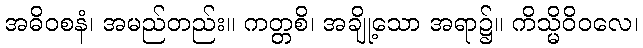
အဓိဝစနံ၊ အမည်တည်း။ ကတ္တစိ၊ အချို့သော အရာ၌။ ကိသ္မိဝိဝလေ၊